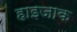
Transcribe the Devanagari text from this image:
हाइजाक